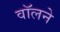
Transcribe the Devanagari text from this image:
वॉलने